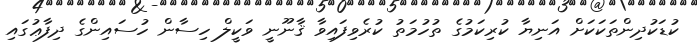
ކުޑަކުދިންތަކަކަށް އަނިޔާ ކުރިކަމުގެ ތުހުމަތު ކުރެވިފައިވާ ޤާނޫނީ ވަކީލް ހިސާން ހުސައިންގެ ދިފާޢުގައި